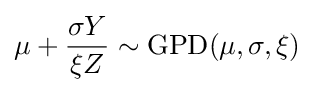
\mu +{\frac {\sigma Y}{\xi Z}}\sim \mathrm {GPD} (\mu ,\sigma ,\xi )